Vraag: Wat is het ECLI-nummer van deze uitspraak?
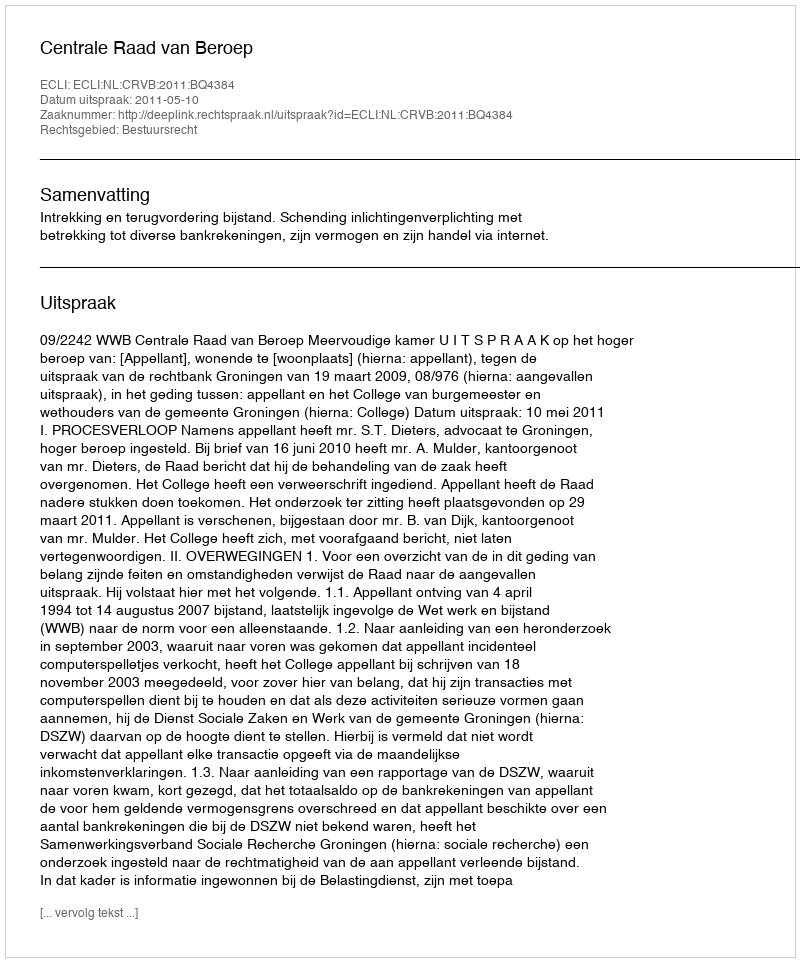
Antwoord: ECLI:NL:CRVB:2011:BQ4384